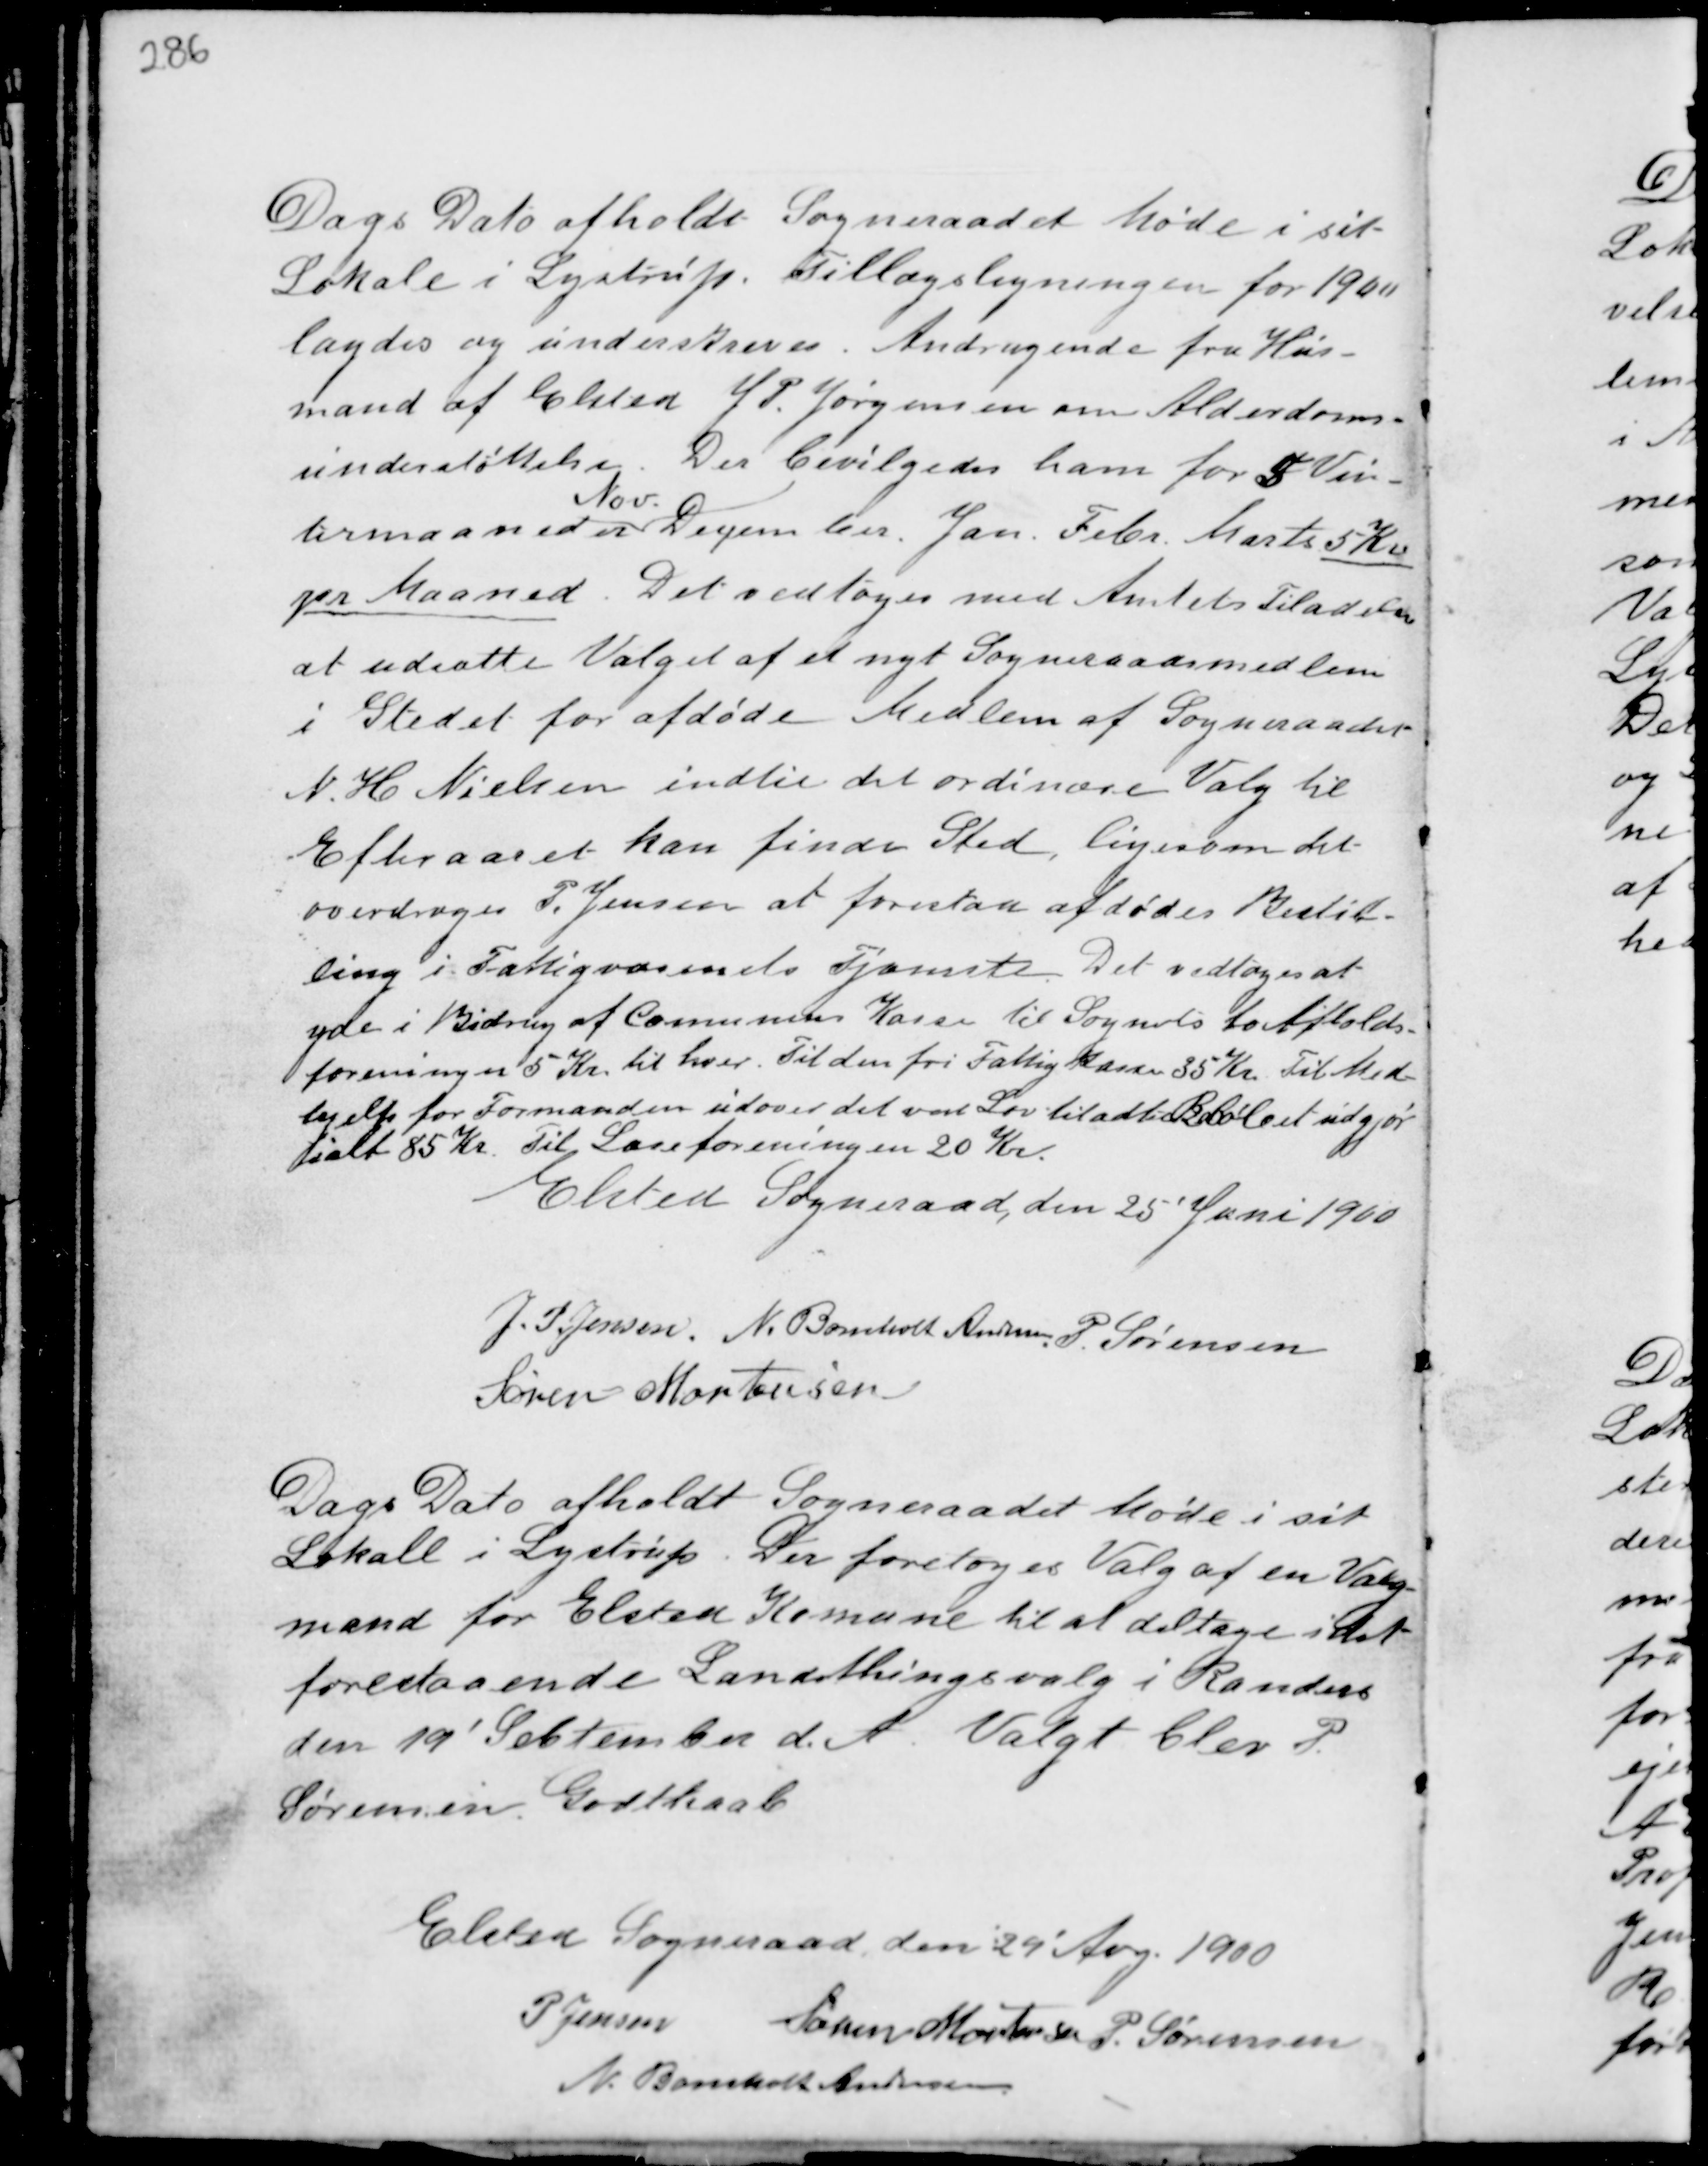
Transskription:
Dags Dato afholdt Sogneraadet Møde i sit
Lokale i Lystrup. Tillægsligningen for 1900
lagdes og underskreves. Andragende fra Hus-
mand af Elsted J. P. Jørgensen om Alderdoms-
understøttelse. Der bevilgedes ham for 5 Vin-
termaaneder
Nov.
December, Jan. Febr. Marts 5 Kr.
pr Maaned. Det vedtoges med Amtets Tilladelse
at udsætte Valget af et nyt Sogneraadsmedlem
i Stedet for afdøde Medlem af Sogneraadet
N. H. Nielsen indtil det ordinære Valg til
Efteraaret kan finde Sted, ligesom det
overdrages P. Jensen at forestaa afdødes Bestil-
ling i Fattigvæsenets Tjeneste. Det vedtoges at
yde i Bidrag af Comunens Kasse til Sognets to Afholds-
foreninger 5 Kr. til hver. Til den fri Fattigkasse 35 Kr. Til Med-
hjelp for Formanden udover det ved Lov tiladte Beløbet udgør
ialt 85 Kr. Til Læseforeningen 20 Kr.
Elsted Sogneraade, den 25 Juni 1900

J. P: Jensen N. Bomholt Andersen P. Sørensen
Søren Mortensen

Dags Dato afholdt Sogneraadet Møde i sit
Lokale i Lystrup. Der foretoges Valg af en Valg-
mand for Elsted Komune til at deltage i det
forestaaende Landsthingsvalg i Randers
den 19' September d.A. Valgt blev P.
Sørensen Godthaab

Elsted Sogneraad den 29' Aug. 1900
P Jensen Søren Mortensen P. Sørensen
N. Bomholt Andersen